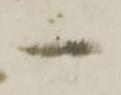
一